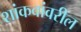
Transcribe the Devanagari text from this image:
शांकवांवरील